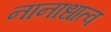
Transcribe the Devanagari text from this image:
नानाधात्व